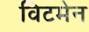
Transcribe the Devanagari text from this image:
विटमेन